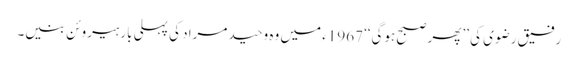
رفیق رضوی کی ’’پھر صبح ہوگی‘‘ 1967ء میں وہ وحید مراد کی پہلی بار ہیروئن بنیں۔